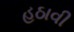
હઠાવી